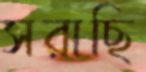
সরাছি